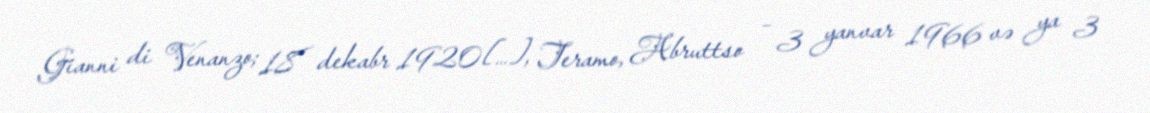
Gianni di Venanzo; 18 dekabr 1920[…], Teramo, Abruttso – 3 yanvar 1966 və ya 3